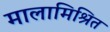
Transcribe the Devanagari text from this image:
मालामिश्रित